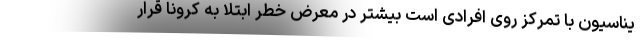
یناسیون با تمرکز روی افرادی است بیشتر در معرض خطر ابتلا به کرونا قرار